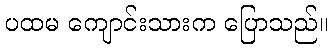
ပထမ ကျောင်းသားက ပြောသည်။